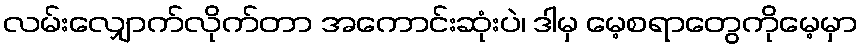
လမ်းလျှောက်လိုက်တာ အကောင်းဆုံးပဲ၊ ဒါမှ မေ့စရာတွေကိုမေ့မှာ